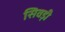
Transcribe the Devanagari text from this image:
सिवड़ी